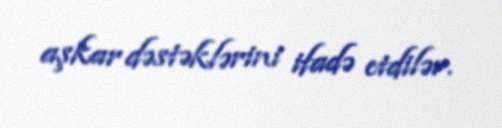
aşkar dəstəklərini ifadə etdilər.